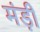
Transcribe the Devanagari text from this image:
मंड़ी